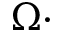
\Omega \cdot